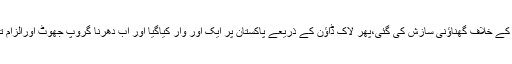
انہوں نے کہا کہ پہلے دھرنے دے کرپاکستان کی ترقی اورعوام کی خوشحالی کے خلاف گھناؤنی سازش کی گئی،پھر لاک ڈاؤن کے ذریعے پاکستان پر ایک اور وار کیاگیا اور اب دھرنا گروپ جھوٹ اورالزام تراشی کے ذریعے پاکستان کی قسمت سے پھر کھیلنے کی کوشش کررہا ہے ۔